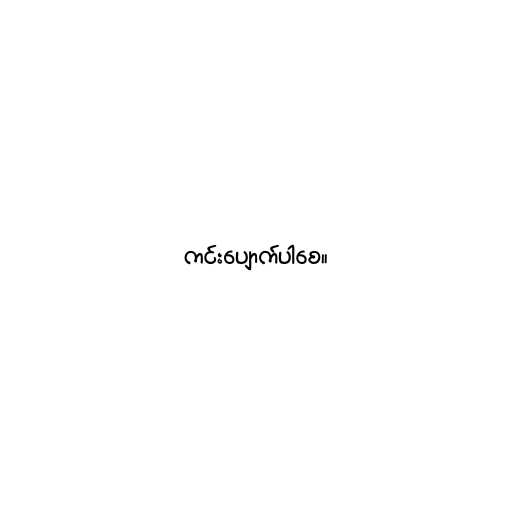
ကင်းပျောက်ပါစေ။